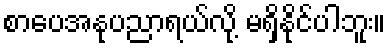
စာပေအနုပညာရယ်လို့ မရှိနိုင်ပါဘူး။